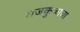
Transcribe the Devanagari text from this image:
राजकुळाचा